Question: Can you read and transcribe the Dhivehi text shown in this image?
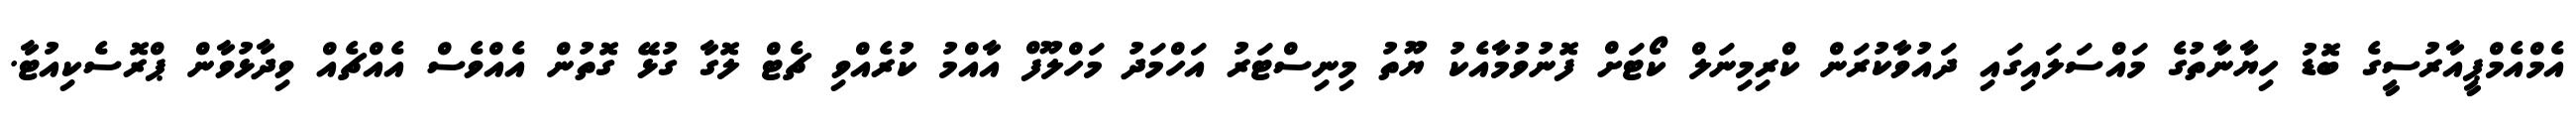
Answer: އެމްއެމްޕީއާރުސީގެ ބޮޑު ހިޔާނާތުގެ މައްސަލައިގައި ދައުވާކުރަން ކްރިމިނަލް ކޯޓަށް ފޮނުވުމާއެކު ޔޫތު މިނިސްޓަރު އަހްމަދު މަހްލޫފް އާއްމު ކުރެއްވި ޗެޓް ލޮގާ ގުޅޭ ގޮތުން އެއްވެސް އެއްޗެއް ވިދާޅުވާން ޕްރޮސެކިއުޓާ.